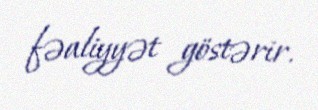
fəaliyyət göstərir.